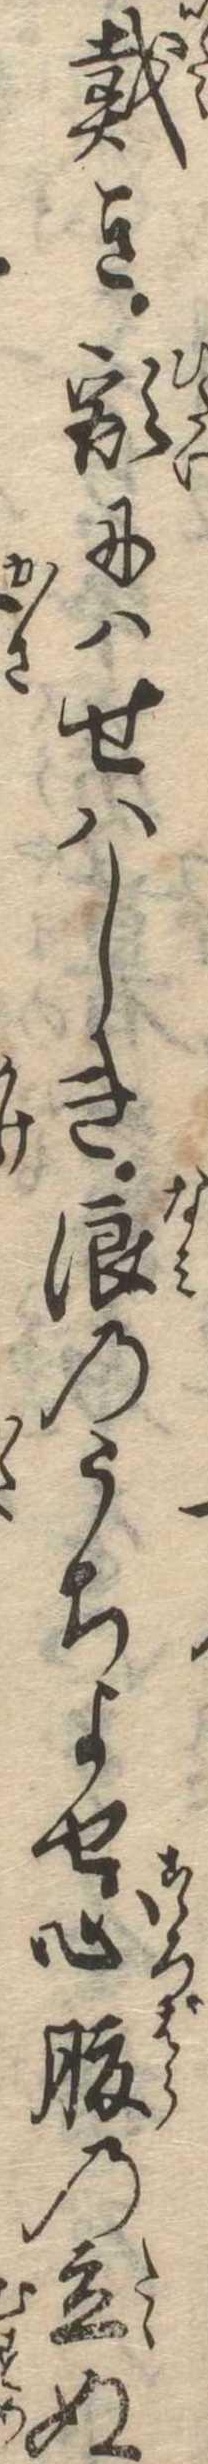
戴き額にはせはしき浪のうちよせ心腹の立ぬ